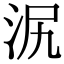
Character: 泦